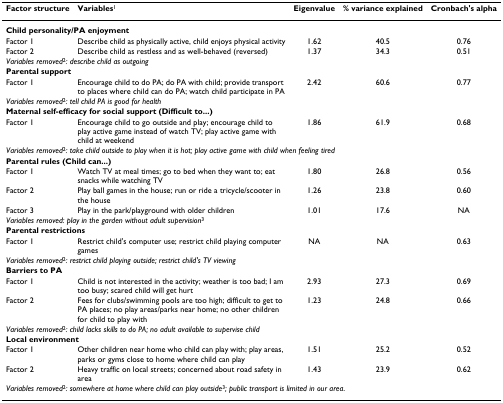
<table><thead><tr><td><b>Factor structure</b></td><td><b>Variables<sup>1</sup></b></td><td><b>Eigenvalue</b></td><td><b>% variance explained</b></td><td><b>Cronbach&#x27;s alpha</b></td></tr></thead><tbody><tr><td colspan="5"><b>Child personality/PA enjoyment</b></td></tr><tr><td>Factor 1</td><td>Describe child as physically active, child enjoys physical activity</td><td>1.62</td><td>40.5</td><td>0.76</td></tr><tr><td>Factor 2</td><td>Describe child as restless and as well-behaved (reversed)</td><td>1.37</td><td>34.3</td><td>0.51</td></tr><tr><td colspan="5"><i>Variables removed</i><sup>2</sup><i>: describe child as outgoing</i></td></tr><tr><td colspan="5"><b>Parental support</b></td></tr><tr><td>Factor 1</td><td>Encourage child to do PA; do PA with child; provide transport to places where child can do PA; watch child participate in PA</td><td>2.42</td><td>60.6</td><td>0.77</td></tr><tr><td colspan="5"><i>Variables removed</i><sup>2</sup><i>: tell child PA is good for health</i></td></tr><tr><td colspan="5"><b>Maternal self-efficacy for social support (Difficult to...)</b></td></tr><tr><td>Factor 1</td><td>Encourage child to go outside and play; encourage child to play active game instead of watch TV; play active game with child at weekend</td><td>1.86</td><td>61.9</td><td>0.68</td></tr><tr><td colspan="5"><i>Variables removed</i><sup>2</sup><i>: take child outside to play when it is hot; play active game with child when feeling tired</i></td></tr><tr><td colspan="5"><b>Parental rules (Child can...)</b></td></tr><tr><td>Factor 1</td><td>Watch TV at meal times; go to bed when they want to; eat snacks while watching TV</td><td>1.80</td><td>26.8</td><td>0.56</td></tr><tr><td>Factor 2</td><td>Play ball games in the house; run or ride a tricycle/scooter in the house</td><td>1.26</td><td>23.8</td><td>0.60</td></tr><tr><td>Factor 3</td><td>Play in the park/playground with older children</td><td>1.01</td><td>17.6</td><td>NA</td></tr><tr><td colspan="5"><i>Variables removed: play in the garden without adult supervision</i><sup>3</sup></td></tr><tr><td colspan="5"><b>Parental restrictions</b></td></tr><tr><td>Factor 1</td><td>Restrict child&#x27;s computer use; restrict child playing computer games</td><td>NA</td><td>NA</td><td>0.63</td></tr><tr><td colspan="5"><i>Variables removed</i><sup>2</sup><i>: restrict child playing outside; restrict child&#x27;s TV viewing</i></td></tr><tr><td colspan="5"><b>Barriers to PA</b></td></tr><tr><td>Factor 1</td><td>Child is not interested in the activity; weather is too bad; I am too busy; scared child will get hurt</td><td>2.93</td><td>27.3</td><td>0.69</td></tr><tr><td>Factor 2</td><td>Fees for clubs/swimming pools are too high; difficult to get to PA places; no play areas/parks near home; no other children for child to play with</td><td>1.23</td><td>24.8</td><td>0.66</td></tr><tr><td colspan="5"><i>Variables removed</i><sup>2</sup><i>: child lacks skills to do PA; no adult available to supervise child</i></td></tr><tr><td colspan="5"><b>Local environment</b></td></tr><tr><td>Factor 1</td><td>Other children near home who child can play with; play areas, parks or gyms close to home where child can play</td><td>1.51</td><td>25.2</td><td>0.52</td></tr><tr><td>Factor 2</td><td>Heavy traffic on local streets; concerned about road safety in area</td><td>1.43</td><td>23.9</td><td>0.62</td></tr><tr><td colspan="5"><i>Variables removed</i><sup>2</sup><i>: somewhere at home where child can play outside</i><sup>3</sup><i>; public transport is limited in our area</i>.</td></tr></tbody></table>